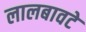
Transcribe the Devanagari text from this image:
लालबावटे